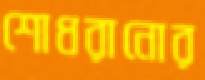
শোধরানোর